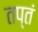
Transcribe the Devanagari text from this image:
तप्तं